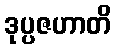
ဒုပ္ပဇဟာတိ